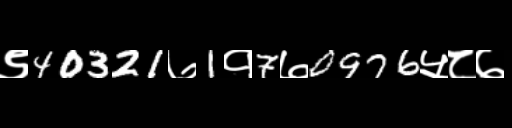
Text: ९40321७1१7७0976५८७